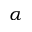
\alpha